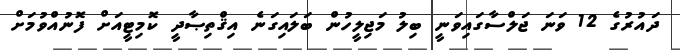
ދައުރުގެ 12 ވަނަ ޖަލްސާގައިވަނީ ބިލު މަޖިލީހުން ބަލައިގަނެ އިޤްތިޞާދީ ކޮމިޓީއަށް ފޮނުއްވުމަށް